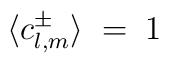
\langle c^\pm_{l,m} \rangle \;=\; 1